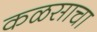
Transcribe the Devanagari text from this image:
कळसाचा